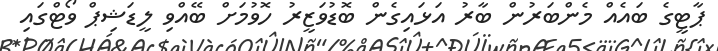
ޕާޓީގެ ބައެއް މެންބަރުން ބާރު އަޅައިގެން ބޮޑުވަޒީރު ހޮވުމަށް ބޭއްވި ލީޑަޝިޕް ވޯޓްގައި